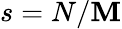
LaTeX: s=N/\mathbf{M}